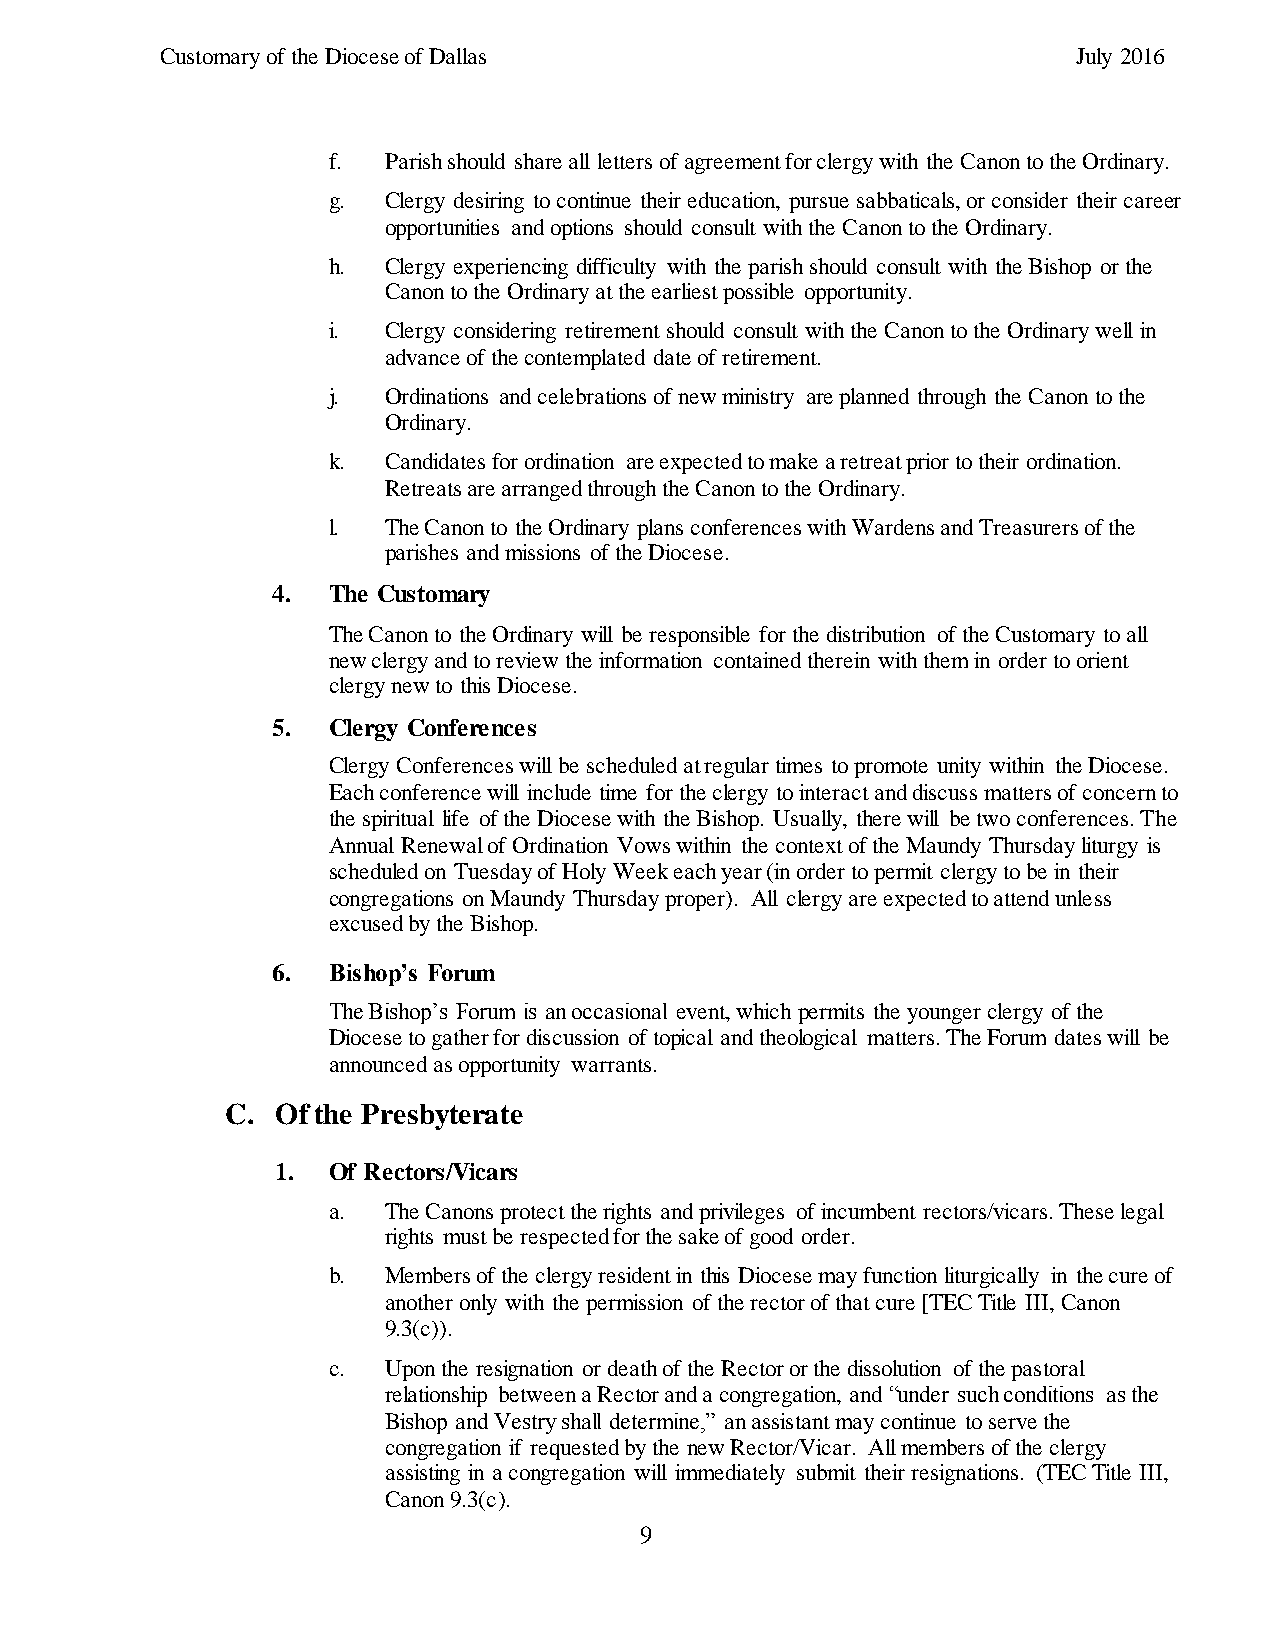
Customary of the Diocese of Dallas                          July 2016
 f. Parish should share all letters of agreement for clergy with the Canon to the Ordinary.
 g. Clergy desiring to continue their education, pursue sabbaticals, or consider their career
 opportunities and options should consult with the Canon to the Ordinary.
 h. Clergy experiencing difficulty with the parish should consult with the Bishop or the
 Canon to the Ordinary at the earliest possible opportunity.
 i. Clergy considering retirement should consult with the Canon to the Ordinary well in
 advance of the contemplated date of retirement.
 j. Ordinations and celebrations of new ministry are planned through the Canon to the
 Ordinary.
 k. Candidates for ordination are expected to make a retreat prior to their ordination.
 Retreats are arranged through the Canon to the Ordinary.
 l. The Canon to the Ordinary plans conferences with Wardens and Treasurers of the
 parishes and missions of the Diocese.
 4.  The Customary
 The Canon to the Ordinary will be responsible for the distribution of the Customary to all
 new clergy and to review the information contained therein with them in order to orient
 clergy new to this Diocese.
 5.  Clergy Conferences
 Clergy Conferences will be scheduled at regular times to promote unity within the Diocese.
 Each conference will include time for the clergy to interact and discuss matters of concern to
 the spiritual life of the Diocese with the Bishop. Usually, there will be two conferences. The
 Annual Renewal of Ordination Vows within the context of the Maundy Thursday liturgy is
 scheduled on Tuesday of Holy Week each year (in order to permit clergy to be in their
 congregations on Maundy Thursday proper). All clergy are expected to attend unless
 excused by the Bishop.
 6.  Bishop’s Forum
 The Bishop’s Forum is an occasional event, which permits the younger clergy of the
 Diocese to gather for discussion of topical and theological matters. The Forum dates will be
 announced as opportunity warrants.
 C. Of the Presbyterate
 1.  Of Rectors/Vicars
 a. The Canons protect the rights and privileges of incumbent rectors/vicars. These legal
 rights must be respected for the sake of good order.
 b. Members of the clergy resident in this Diocese may function liturgically in the cure of
 another only with the permission of the rector of that cure [TEC Title III, Canon
 9.3(c)).
 c. Upon the resignation or death of the Rector or the dissolution of the pastoral
 relationship between a Rector and a congregation, and “under such conditions as the
 Bishop and Vestry shall determine,” an assistant may continue to serve the
 congregation if requested by the new Rector/Vicar. All members of the clergy
 assisting in a congregation will immediately submit their resignations. (TEC Title III,
 Canon 9.3(c).
 9